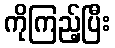
ကိုကြည့်ပြီး